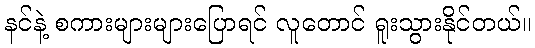
နင်နဲ့ စကားများများပြောရင် လူတောင် ရူးသွားနိုင်တယ်။